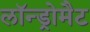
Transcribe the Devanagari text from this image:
लॉन्ड्रोमैट